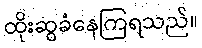
ထိုးဆွခံနေကြရသည်။